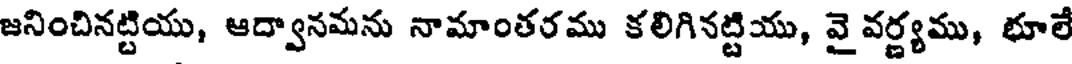
జనించినట్టియు, ఆద్వానమను నామాంతరము కలిగినట్టియు, వై వర్ణ్యము, భూలే